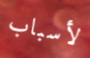
لأسباب